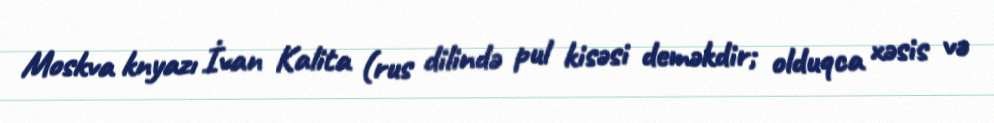
Moskva knyazı İvan Kalita (rus dilində pul kisəsi deməkdir; olduqca xəsis və